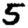
Digit: 5